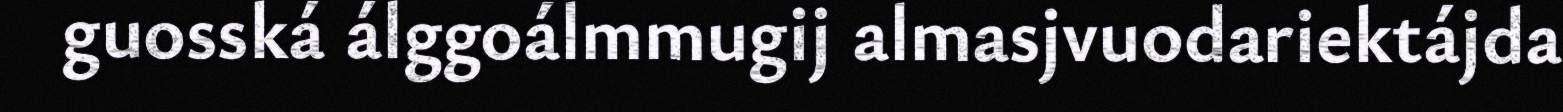
guosská álggoálmmugij almasjvuodariektájda